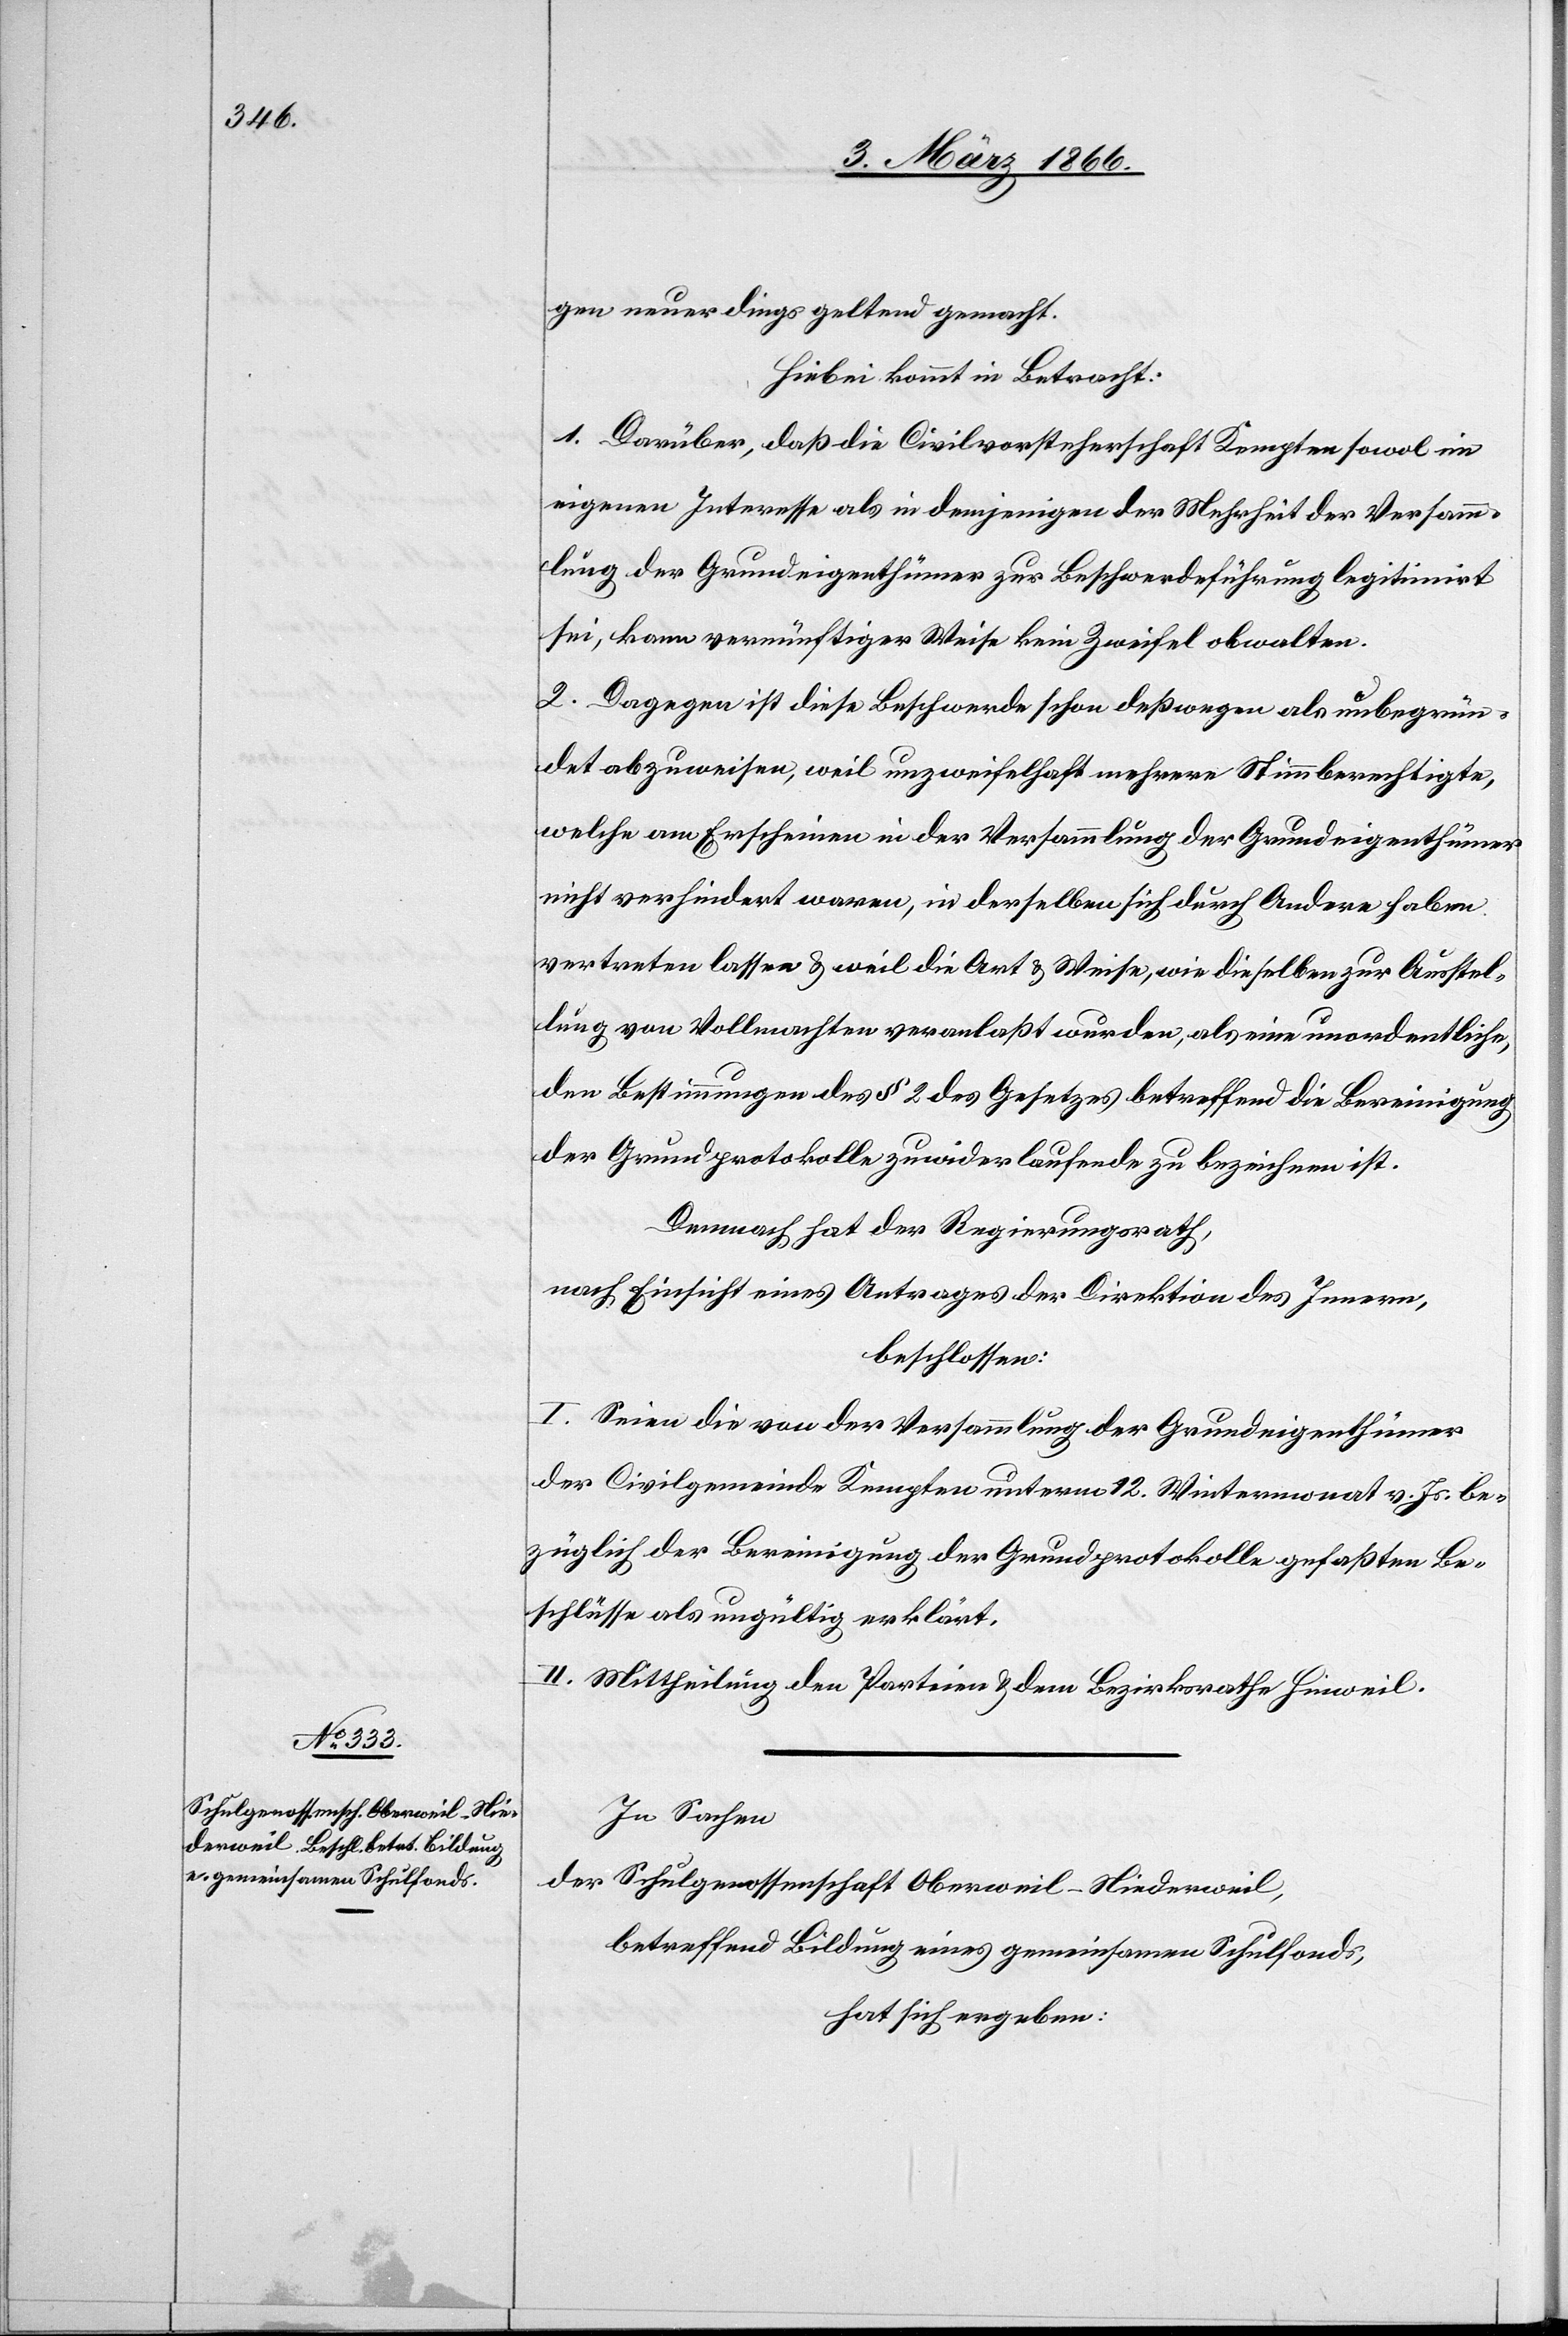
gen neuerdings geltend gemacht.
hiebei kommt in Betracht:
1. Darüber, daß die Civilvorsteherschaft Kempten sowol im
eigenen Interesse als in demjenigen der Mehrheit der Versamm¬
lung der Grundeigenthümer zur Beschwerdeführung legitimirt
sei, kann vernünftiger Weise kein Zweifel obwalten.
2. Dagegen ist diese Beschwerde schon deßwegen als unbegrün¬
det abzuweisen, weil unzweifelhaft mehrere Stimmberechtigte,
welche am Erscheinen in der Versammlung der Grundeigenthümer
nicht verhindert waren, in derselben sich durch Andere haben
vertreten lassen u. weil die Art u. Weise, wie dieselben zur Ausstel¬
lung von Vollmachten veranlaßt wurden als eine unordentliche,
den Bestimmungen des § 2 des Gesetzes betreffend die Bereinigung
der Grundprotokolle zuwiderlaufende zu bezeichnen ist.
Demnach hat der Regierungsrath,
nach Einsicht eines Antrages der Direktion des Innern,
beschlossen:
I. Seien die von der Versammlung der Grundeigenthümer
der Civilgemeinde Kempten unterm 12. Wintermonat v. Js. be¬
züglich der Bereinigung der Grundprotokolle gefaßten Be¬
schlüsse als ungültig erklärt.
II. Mittheilung den Parteien u. dem Bezirksrathe Hinweil.
In Sachen
der Schulgenossenschaft Oberweil–Niederweil,
betreffend Bildung eines gemeinsamen Schulfonds,
hat sich ergeben: